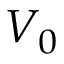
V _ { 0 }